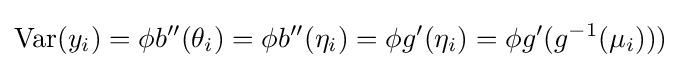
{\text{Var}}(y_{i})=\phi b''(\theta _{i})=\phi b''(\eta _{i})=\phi g'(\eta _{i})=\phi g'(g^{-1}(\mu _{i})))